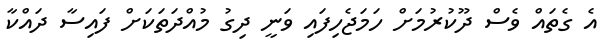
އެ ގެތައް ވެސް ދޫކުރުމަށް ހަމަޖެހިފައި ވަނީ ދިގު މުއްދަތަކަށް ފައިސާ ދައްކާ